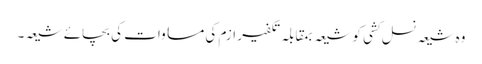
وہ شیعہ نسل کشی کو شیعہ بمقابلہ تکفیر ازم کی مساوات کی بچائے شیعہ۔